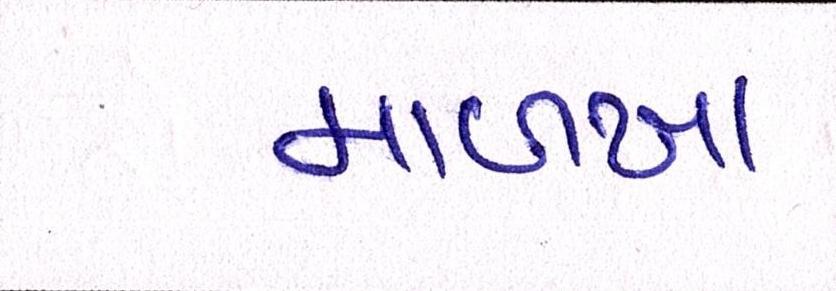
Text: માળખા